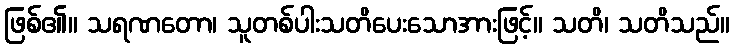
ဖြစ်၏။ သရဏတော၊ သူတစ်ပါးသတိပေးသောအားဖြင့်။ သတိ၊ သတိသည်။